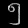
Digit: ၅